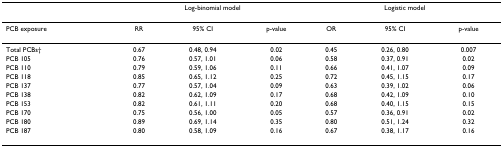
<table><thead><tr><td></td><td colspan="3"><b>Log-binomial model</b></td><td colspan="3"><b>Logistic model</b></td></tr></thead><tbody><tr><td>PCB exposure</td><td>RR</td><td>95% CI</td><td>p-value</td><td>OR</td><td>95% CI</td><td>p-value</td></tr><tr><td>Total PCBs†</td><td>0.67</td><td>0.48, 0.94</td><td>0.02</td><td>0.45</td><td>0.26, 0.80</td><td>0.007</td></tr><tr><td>PCB 105</td><td>0.76</td><td>0.57, 1.01</td><td>0.06</td><td>0.58</td><td>0.37, 0.91</td><td>0.02</td></tr><tr><td>PCB 110</td><td>0.79</td><td>0.59, 1.06</td><td>0.11</td><td>0.66</td><td>0.41, 1.07</td><td>0.09</td></tr><tr><td>PCB 118</td><td>0.85</td><td>0.65, 1.12</td><td>0.25</td><td>0.72</td><td>0.45, 1.15</td><td>0.17</td></tr><tr><td>PCB 137</td><td>0.77</td><td>0.57, 1.04</td><td>0.09</td><td>0.63</td><td>0.39, 1.02</td><td>0.06</td></tr><tr><td>PCB 138</td><td>0.82</td><td>0.62, 1.09</td><td>0.17</td><td>0.68</td><td>0.42, 1.09</td><td>0.10</td></tr><tr><td>PCB 153</td><td>0.82</td><td>0.61, 1.11</td><td>0.20</td><td>0.68</td><td>0.40, 1.15</td><td>0.15</td></tr><tr><td>PCB 170</td><td>0.75</td><td>0.56, 1.00</td><td>0.05</td><td>0.57</td><td>0.36, 0.91</td><td>0.02</td></tr><tr><td>PCB 180</td><td>0.89</td><td>0.69, 1.14</td><td>0.35</td><td>0.80</td><td>0.51, 1.24</td><td>0.32</td></tr><tr><td>PCB 187</td><td>0.80</td><td>0.58, 1.09</td><td>0.16</td><td>0.67</td><td>0.38, 1.17</td><td>0.16</td></tr></tbody></table>